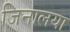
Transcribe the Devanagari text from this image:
जिनालया